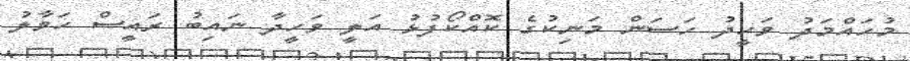
މުހައްމަދު ވަހީދު ހަސަން މަނިކުގެ ކޮއްކޯފުޅު އަލީ ވަހީދާ ނައިބު ރައީސް ހަވާލު